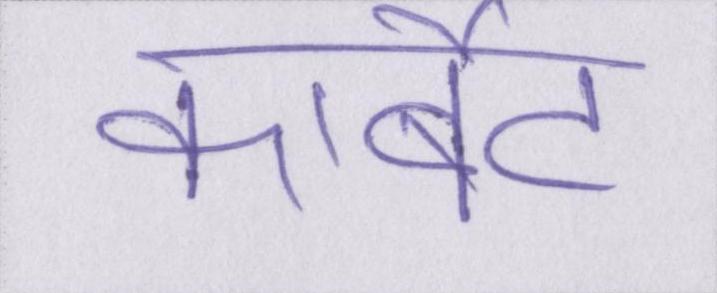
कार्बेट